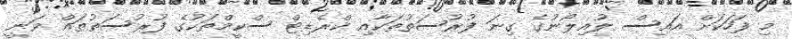
މި ފަހަކަށް އައިސް ލުއިލޯނުގެ ގިނަ ފުރުސަތުތަކާއި ކްރެޑިޓް ސްކީމްތަކުގެ ފުރުސަތުތައް ވަނީ